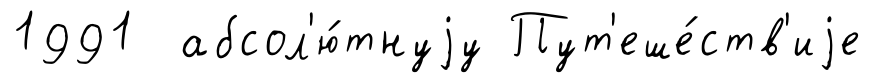
1991 абсол'ю́тнуjу Пут'еше́ств'иjе